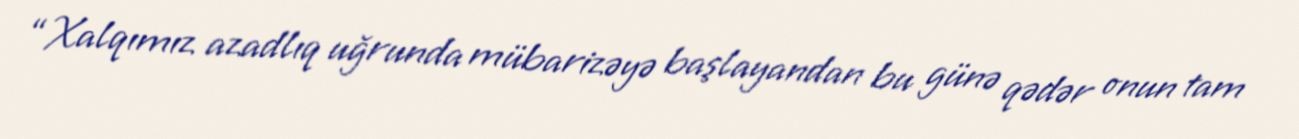
“Xalqımız azadlıq uğrunda mübarizəyə başlayandan bu günə qədər onun tam